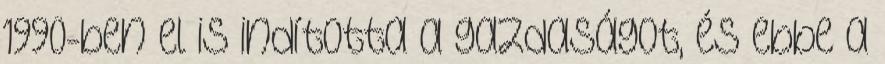
1990-ben el is indította a gazdaságot, és ebbe a